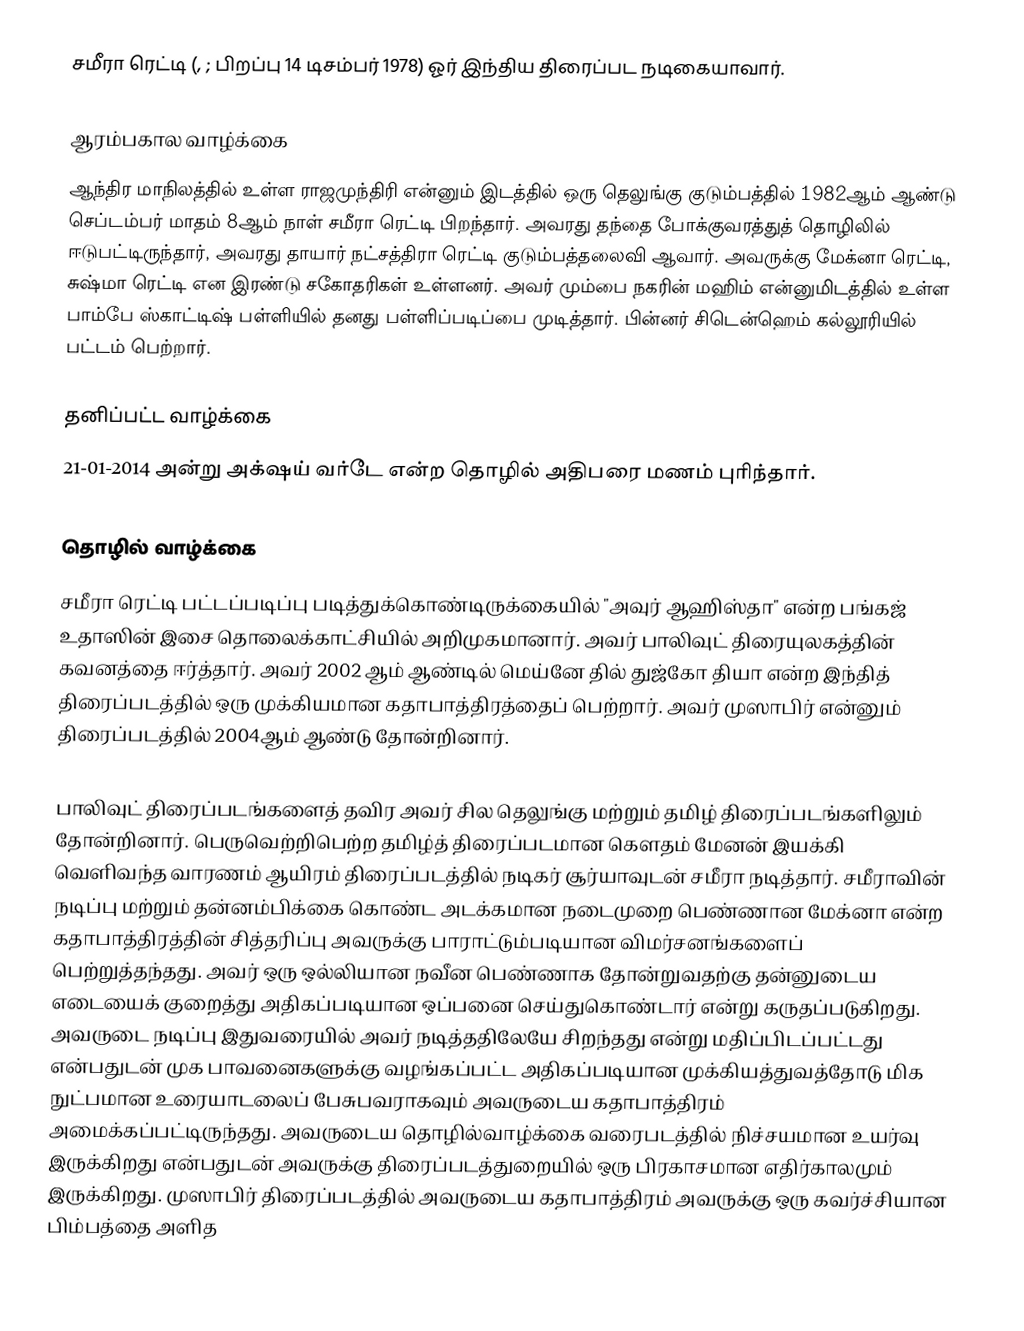
சமீரா ரெட்டி  (, ; பிறப்பு 14 டிசம்பர் 1978) ஓர் இந்திய திரைப்பட நடிகையாவார்.

ஆரம்பகால வாழ்க்கை
ஆந்திர மாநிலத்தில் உள்ள ராஜமுந்திரி என்னும் இடத்தில் ஒரு தெலுங்கு குடும்பத்தில் 1982ஆம் ஆண்டு செப்டம்பர் மாதம் 8ஆம் நாள் சமீரா ரெட்டி பிறந்தார்.  அவரது தந்தை போக்குவரத்துத் தொழிலில் ஈடுபட்டிருந்தார், அவரது தாயார் நட்சத்திரா ரெட்டி  குடும்பத்தலைவி ஆவார்.  அவருக்கு மேக்னா ரெட்டி, சுஷ்மா ரெட்டி என இரண்டு சகோதரிகள் உள்ளனர். அவர் மும்பை நகரின் மஹிம் என்னுமிடத்தில் உள்ள பாம்பே ஸ்காட்டிஷ் பள்ளியில் தனது பள்ளிப்படிப்பை முடித்தார். பின்னர் சிடென்ஹெம் கல்லூரியில் பட்டம் பெற்றார்.

தனிப்பட்ட வாழ்க்கை
21-01-2014 அன்று அக்‌ஷய் வர்டே என்ற தொழில் அதிபரை மணம் புரிந்தார்.

தொழில் வாழ்க்கை
சமீரா ரெட்டி பட்டப்படிப்பு படித்துக்கொண்டிருக்கையில் "அவுர் ஆஹிஸ்தா" என்ற பங்கஜ் உதாஸின் இசை தொலைக்காட்சியில் அறிமுகமானார்.  அவர் பாலிவுட் திரையுலகத்தின் கவனத்தை ஈர்த்தார். அவர் 2002 ஆம் ஆண்டில் மெய்னே தில் துஜ்கோ தியா என்ற இந்தித் திரைப்படத்தில் ஒரு முக்கியமான கதாபாத்திரத்தைப் பெற்றார். அவர் முஸாபிர் என்னும் திரைப்படத்தில் 2004ஆம் ஆண்டு தோன்றினார்.

பாலிவுட் திரைப்படங்களைத் தவிர அவர் சில தெலுங்கு மற்றும் தமிழ் திரைப்படங்களிலும் தோன்றினார்.  பெருவெற்றிபெற்ற தமிழ்த் திரைப்படமான கௌதம் மேனன் இயக்கி வெளிவந்த வாரணம் ஆயிரம் திரைப்படத்தில் நடிகர் சூர்யாவுடன் சமீரா நடித்தார். சமீராவின் நடிப்பு மற்றும் தன்னம்பிக்கை கொண்ட அடக்கமான நடைமுறை பெண்ணான மேக்னா என்ற கதாபாத்திரத்தின் சித்தரிப்பு அவருக்கு பாராட்டும்படியான விமர்சனங்களைப் பெற்றுத்தந்தது. அவர் ஒரு ஒல்லியான நவீன பெண்ணாக தோன்றுவதற்கு தன்னுடைய எடையைக் குறைத்து அதிகப்படியான ஒப்பனை செய்துகொண்டார் என்று கருதப்படுகிறது. அவருடை நடிப்பு இதுவரையில் அவர் நடித்ததிலேயே சிறந்தது என்று மதிப்பிடப்பட்டது என்பதுடன் முக பாவனைகளுக்கு வழங்கப்பட்ட அதிகப்படியான முக்கியத்துவத்தோடு மிக நுட்பமான உரையாடலைப் பேசுபவராகவும் அவருடைய கதாபாத்திரம் அமைக்கப்பட்டிருந்தது. அவருடைய தொழில்வாழ்க்கை வரைபடத்தில் நிச்சயமான உயர்வு இருக்கிறது என்பதுடன் அவருக்கு திரைப்படத்துறையில் ஒரு பிரகாசமான எதிர்காலமும் இருக்கிறது. முஸாபிர் திரைப்படத்தில் அவருடைய கதாபாத்திரம் அவருக்கு ஒரு கவர்ச்சியான பிம்பத்தை அளித